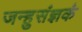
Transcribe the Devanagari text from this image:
जन्हुसंज्ञकं